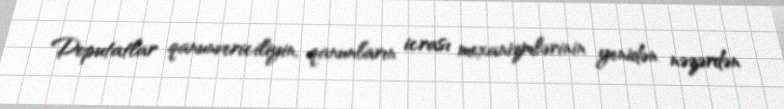
Deputatlar qanunvericiliyin, qanunların icrası mexanizmlərinin yenidən nəzərdən